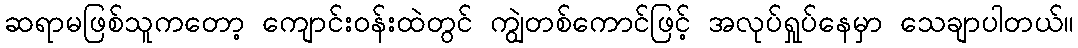
ဆရာမဖြစ်သူကတော့ ကျောင်းဝန်းထဲတွင် ကျွဲတစ်ကောင်ဖြင့် အလုပ်ရှုပ်နေမှာ သေချာပါတယ်။